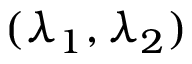
( \lambda _ { 1 } , \lambda _ { 2 } )